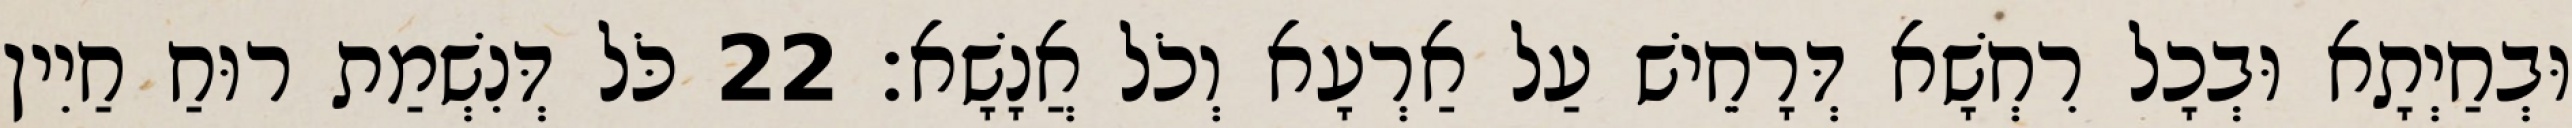
וּבְחַיְתָא וּבְכָל רִחְשָׁא דְּרָחֵישׁ עַל אַרְעָא וְכֹל אֲנָשָׁא׃ 22 כֹּל דְּנִשְׁמַת רוּחַ חַיִין